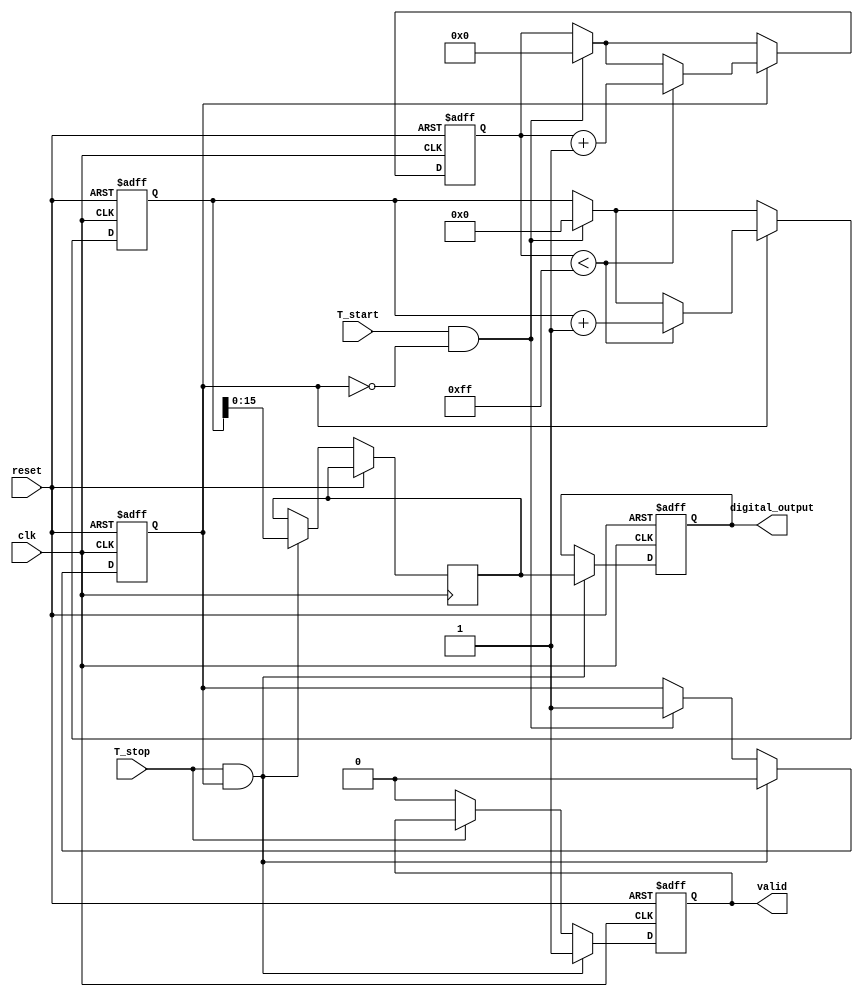
module TDC (
    input wire clk,          // System clock
    input wire reset,        // Asynchronous reset
    input wire T_start,      // Start signal
    input wire T_stop,       // Stop signal
    output reg [15:0] digital_output, // Digital output (16-bit)
    output reg valid         // Output valid signal
);

    // Parameters
    parameter CHARGE_RATE = 1; // Charging rate (arbitrary units)
    parameter MAX_VOLTAGE = 255; // Max voltage level for ADC (8-bit for simplicity)
    
    // Internal signals
    reg [7:0] voltage_level; // Voltage level (8-bit for simplicity)
    reg charging;             // Charging state
    reg [31:0] counter;       // Counter for timing
    reg [15:0] time_interval; // Time interval measurement

    // Charging process
    always @(posedge clk or posedge reset) begin
        if (reset) begin
            voltage_level <= 0;
            charging <= 0;
            counter <= 0;
            digital_output <= 0;
            valid <= 0;
        end else begin
            if (T_start && !charging) begin
                // Start charging
                charging <= 1;
                voltage_level <= 0; // Reset voltage level
                counter <= 0; // Reset counter
            end
            
            if (charging) begin
                // Charge the capacitor at a known rate
                if (voltage_level < MAX_VOLTAGE) begin
                    voltage_level <= voltage_level + CHARGE_RATE;
                    counter <= counter + 1; // Increment counter
                end
            end
            
            if (T_stop && charging) begin
                // Stop charging and capture the time interval
                charging <= 0;
                time_interval <= counter; // Capture the time interval
                digital_output <= time_interval; // Output the digital value
                valid <= 1; // Indicate valid output
            end else if (!T_stop) begin
                valid <= 0; // Reset valid signal when T_stop is not active
            end
        end
    end

endmodule